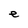
Character: e